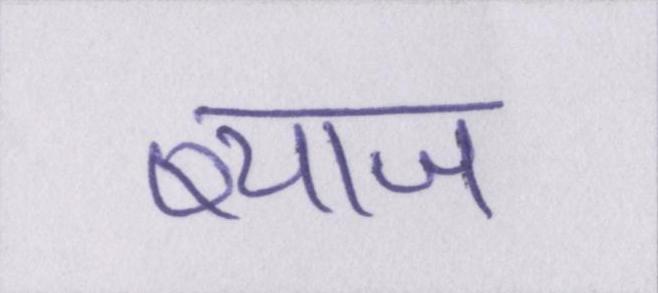
ब्याज